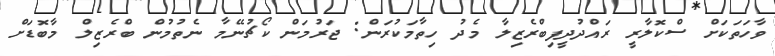
ވާހަތަކަށް ސްކޮލާރީ ރައްދުދީފިބްރެޒިލާ މެދު ހިތާމަކުރަން: ޖަރުމަން ކޯޗުނޭމާ ނެތުމުން ބްރެޒިލް މާބޮޑަށް